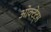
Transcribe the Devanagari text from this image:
ओक्टेट्स